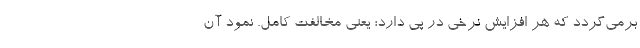
برمی‌گردد که هر افزایش نرخی در پی دارد؛ یعنی مخالفت کامل. نمود آن